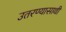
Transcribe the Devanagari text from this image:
उतरण्यासाथी